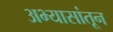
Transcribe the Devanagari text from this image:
अभ्यासांतून